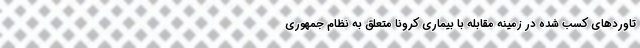
تاوردهای کسب شده در زمینه مقابله با بیماری کرونا متعلق به نظام جمهوری